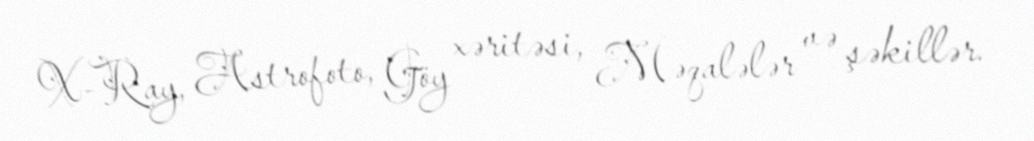
X-Ray, Astrofoto, Göy xəritəsi, Məqalələr və şəkillər.